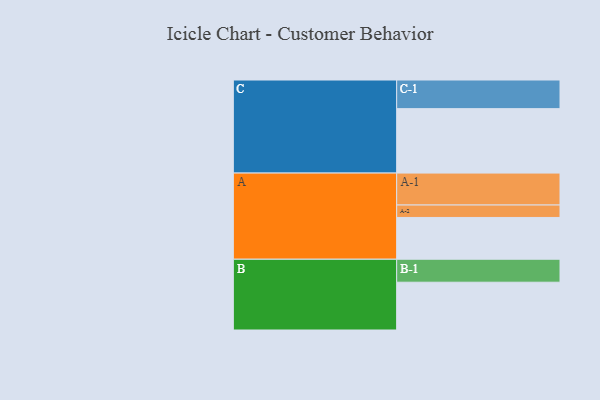
{"axis": {"x": "Segment", "y": "Value"}, "legend": ["", "A", "B", "C"], "data": [{"x": "A", "y": 382, "type": ""}, {"x": "B", "y": 437, "type": ""}, {"x": "C", "y": 589, "type": ""}, {"x": "A-1", "y": 292, "type": "A"}, {"x": "A-2", "y": 114, "type": "A"}, {"x": "B-1", "y": 210, "type": "B"}, {"x": "C-1", "y": 262, "type": "C"}]}